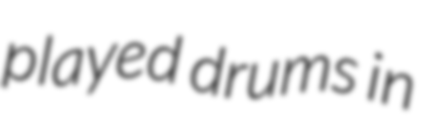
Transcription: played drums in